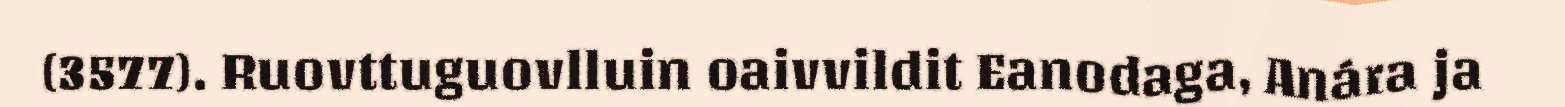
(3577). Ruovttuguovlluin oaivvildit Eanodaga, Anára ja